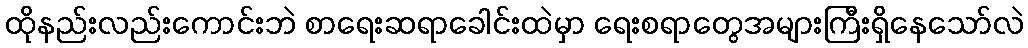
ထိုနည်းလည်းကောင်းဘဲ စာရေးဆရာခေါင်းထဲမှာ ရေးစရာတွေအများကြီးရှိနေသော်လဲ